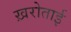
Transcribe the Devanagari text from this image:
ख़रोताई